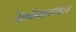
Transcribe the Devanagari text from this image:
रेल्वेगाड्यांमध्ये